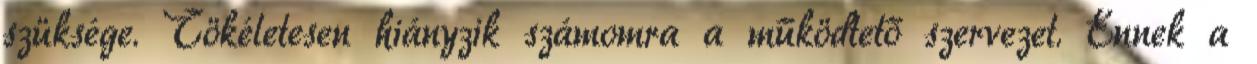
szüksége. Tökéletesen hiányzik számomra a működtető szervezet. Ennek a